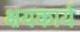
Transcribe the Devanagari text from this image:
क्षयकार्य